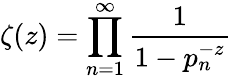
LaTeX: \zeta(z)=\prod_{n=1}^{\infty}{\frac{1}{1-p_{n}^{-z}}}